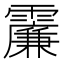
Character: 𩆌